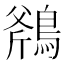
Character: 𪂥